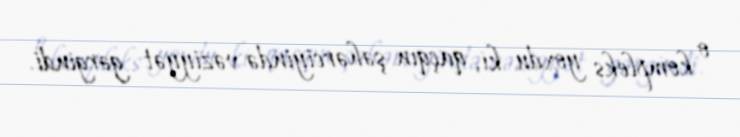
o kompleks yoxdu ki, qaçqın şəhərciyində vəziyyət gərgindi.